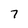
Character: 7